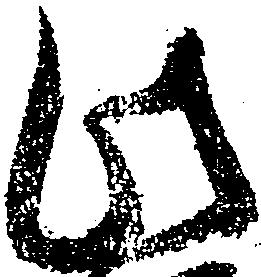
此